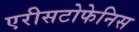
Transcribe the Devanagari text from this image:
एरीसटोफेनिस